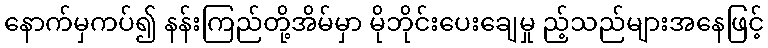
နောက်မှကပ်၍ နန်းကြည်တို့အိမ်မှာ မိုဘိုင်းပေးချေမှု ည့်သည်များအနေဖြင့်